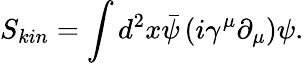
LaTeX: S_{kin}=\int d^{2}x\bar{\psi}\left(i\gamma^{\mu}\partial_{\mu}\right)\psi.